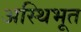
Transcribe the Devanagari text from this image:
अस्थिभूत